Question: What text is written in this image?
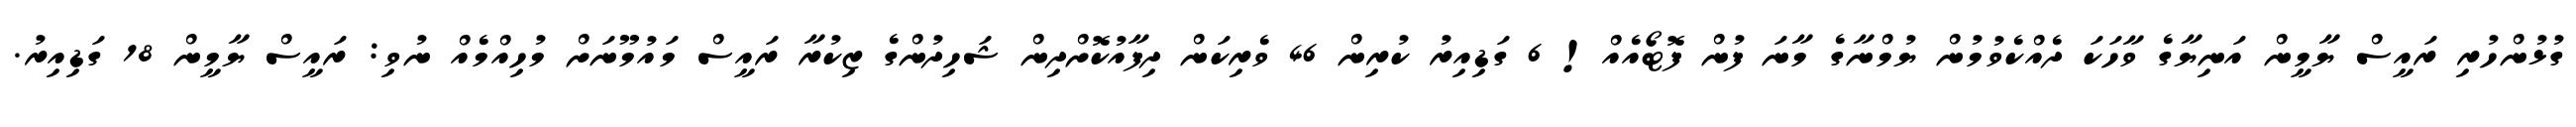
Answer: ގުޅުންހުރި ރައީސް ޔާމީން އަނިޔާގެ ވާހަކަ ދެއްކެވުމުން ޔުމްނާގެ މާނަ ފުން ފޮޓޯއެއް! 6 ގަޑިއިރު ކުރިން 46 ވެރިކަން ދިފާއުކޮށްދިން ޝަހިދުންގެ ޒިކުރާ ރައީސް މައުމޫނަށް މުހިއްމެއް ނުވި: ރައީސް ޔާމީން 18 ގަޑިއިރު.